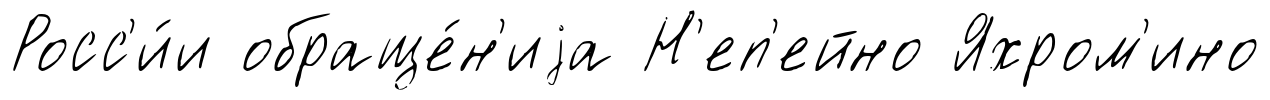
Росс'и́и обраще́н'иjа Н'еп'ейно Яхром'ино